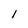
Character: 1